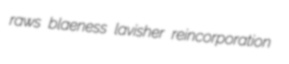
raws blaeness lavisher reincorporation